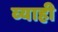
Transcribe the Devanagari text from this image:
व्‍याही